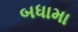
બધામા